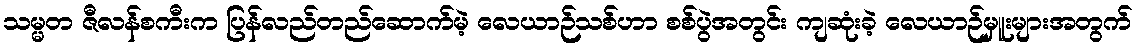
သမ္မတ ဇီလန်စကီးက ပြန်လည်တည်ဆောက်မဲ့ လေယာဉ်သစ်ဟာ စစ်ပွဲအတွင်း ကျဆုံးခဲ့ လေယာဉ်မှူးများအတွက်